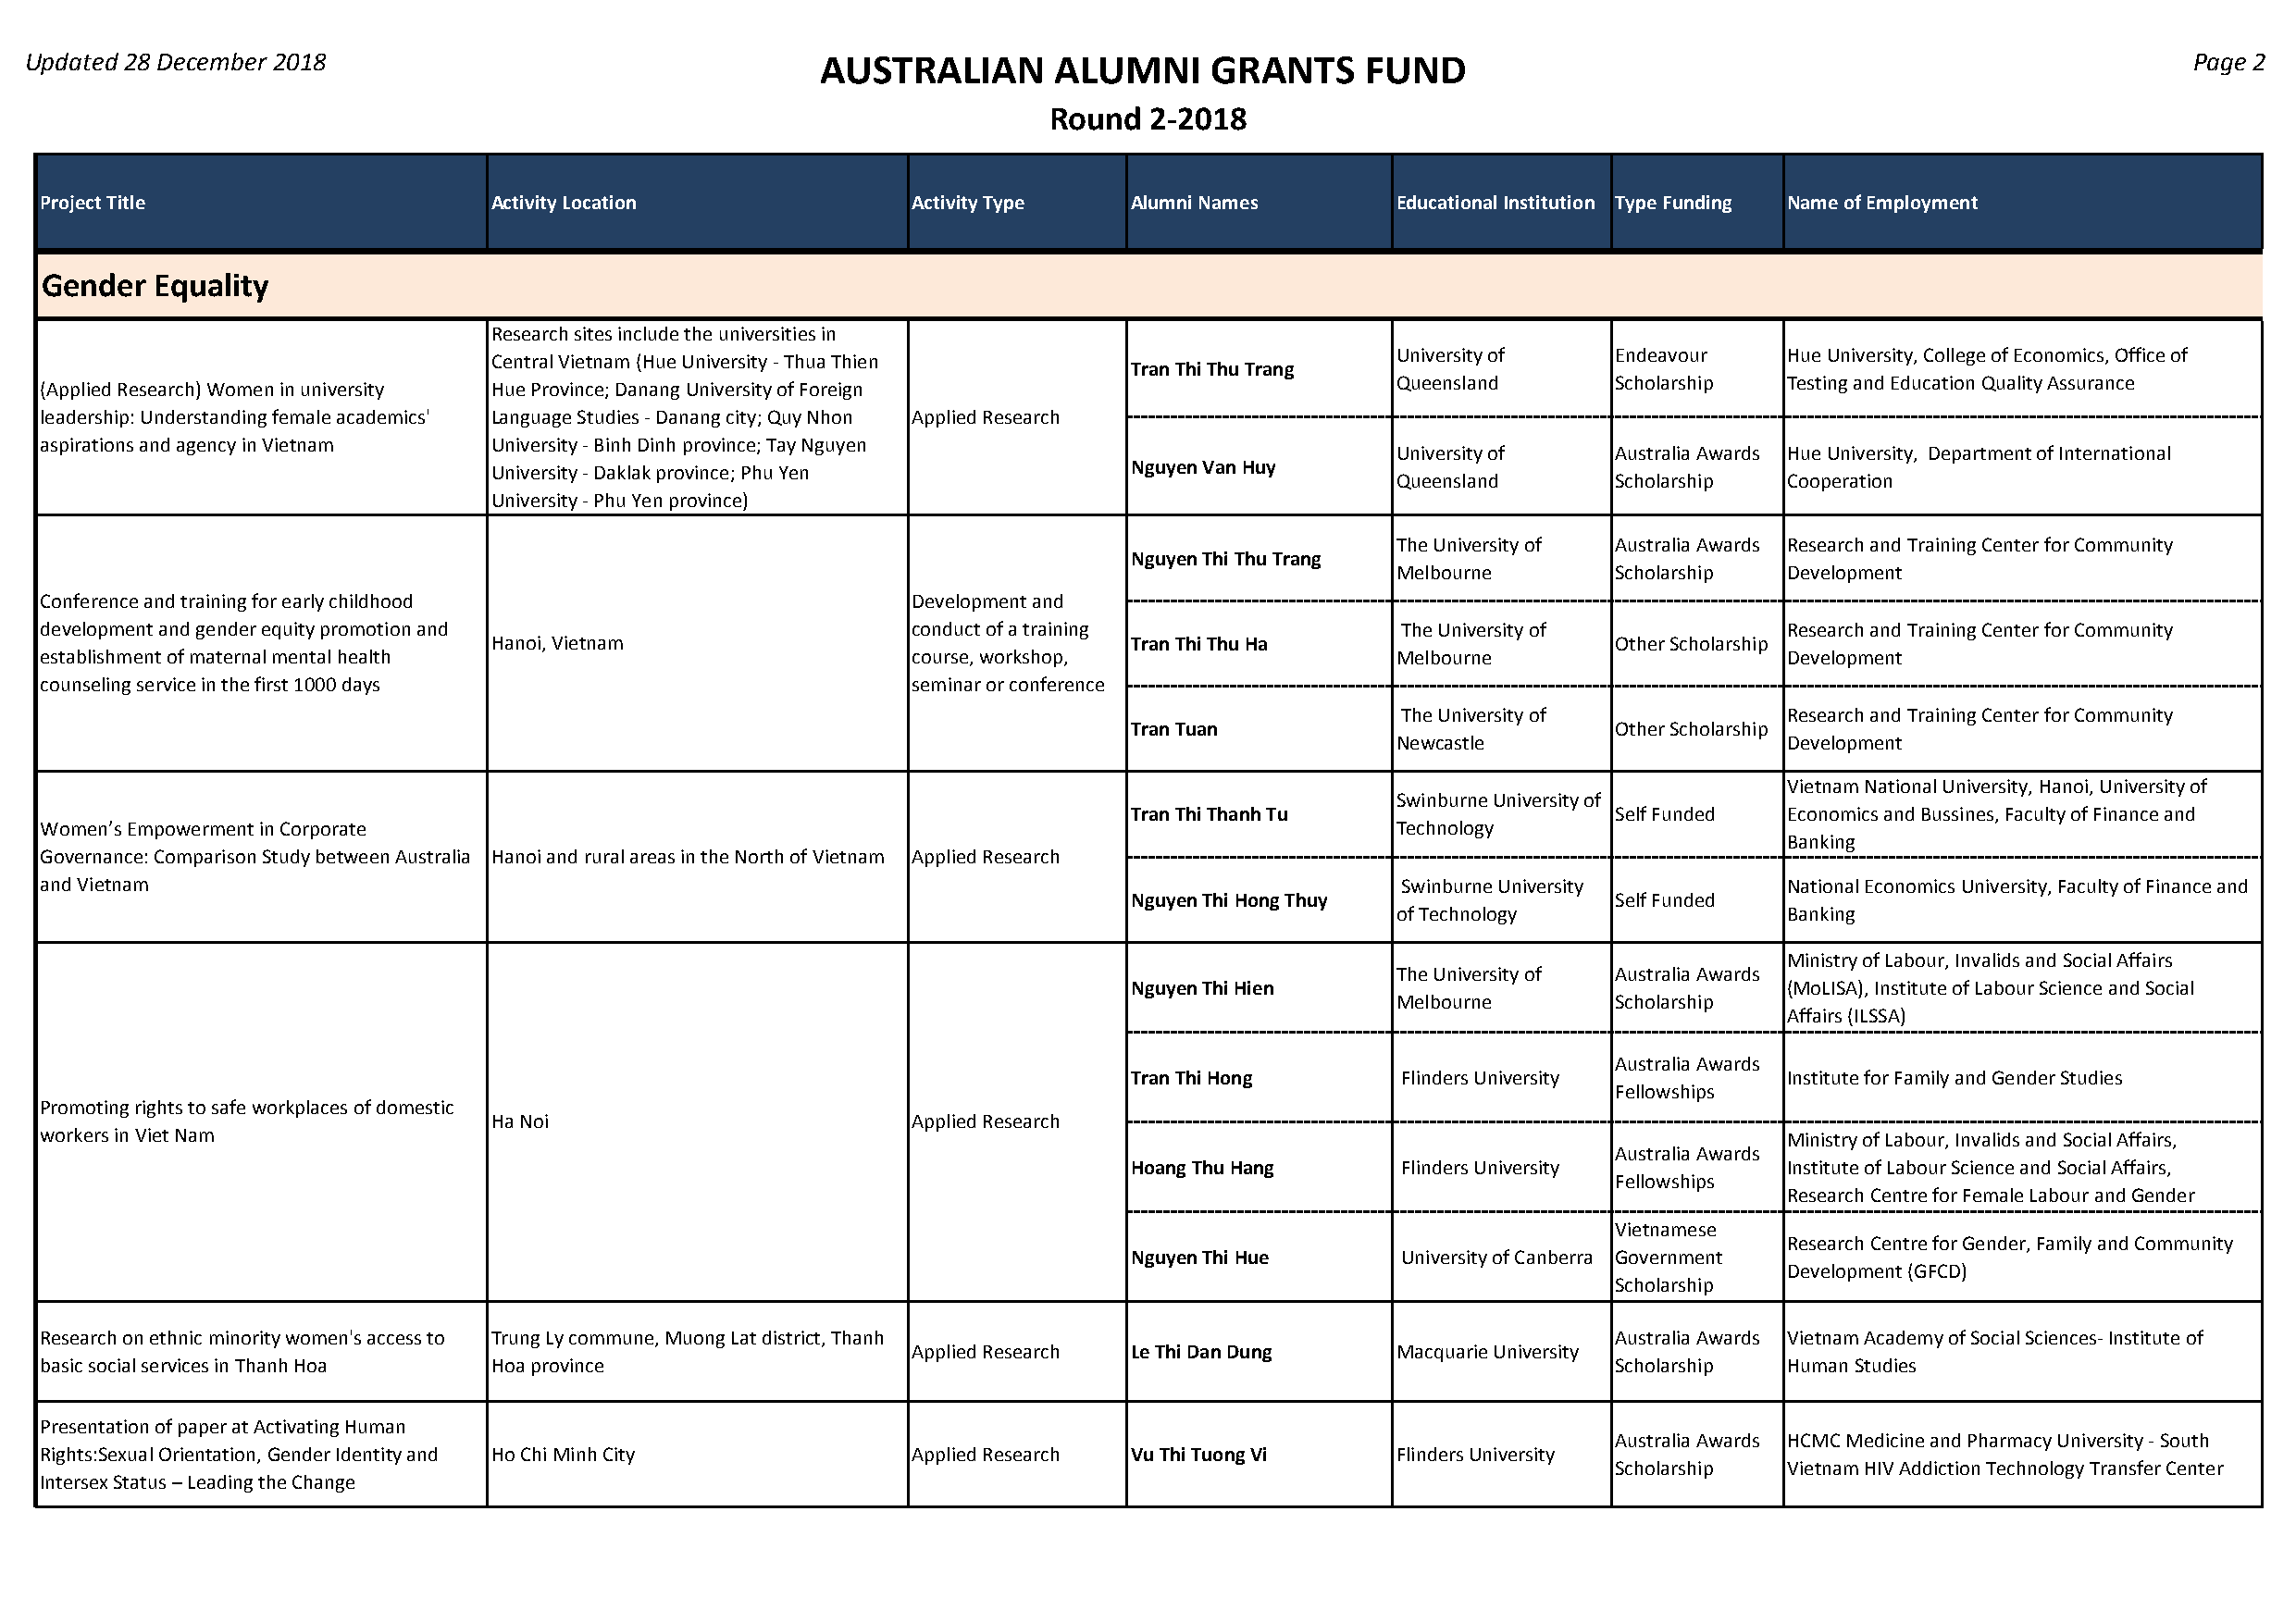
Updated 28 December 2018                                 AUSTRALIAN      ALUMNI      GRANTS     FUND                                                       Page 2
 Round  2-2018
 #
 Project Title                   Activity Location             Activity Type   Alumni Names       Educational Institution Type Funding Name of Employment
 a
 p
 AGgernidcuelrt uErqeu aanlitdy Rural Development
 Research sites include the universities in
 University of   Endeavour   Hue University, College of Economics, Office of
 Central Vietnam (Hue University - Thua Thien
 Tran Thi Thu Trang
 Queensland      Scholarship Testing and Education Quality Assurance
 (Applied Research) Women in university Hue Province; Danang University of Foreign
 leadership: Understanding female academics' Language Studies - Danang city; Quy Nhon Applied Research
 aspirations and agency in Vietnam University - Binh Dinh province; Tay Nguyen
 University of   Australia Awards Hue University, Department of International
 University - Daklak province; Phu Yen         Nguyen Van Huy
 Queensland      Scholarship Cooperation
 University - Phu Yen province)
 The University of Australia Awards Research and Training Center for Community
 Nguyen Thi Thu Trang
 Melbourne       Scholarship Development
 Conference and training for early childhood                   Development and
 development and gender equity promotion and                   conduct of a training              The University of           Research and Training Center for Community
 Hanoi, Vietnam                                Tran Thi Thu Ha                    Other Scholarship
 establishment of maternal mental health                       course, workshop,                  Melbourne                   Development
 counseling service in the first 1000 days                     seminar or conference
 The University of           Research and Training Center for Community
 Tran Tuan                          Other Scholarship
 Newcastle                   Development
 Vietnam National University, Hanoi, University of
 Swinburne University of
 Tran Thi Thanh Tu                  Self Funded Economics and Bussines, Faculty of Finance and
 Women’s Empowerment in Corporate                                                                 Technology
 Banking
 Governance: Comparison Study between Australia Hanoi and rural areas in the North of Vietnam Applied Research
 and Vietnam                                                                                      Swinburne University        National Economics University, Faculty of Finance and
 Nguyen Thi Hong Thuy               Self Funded
 of Technology               Banking
 Ministry of Labour, Invalids and Social Affairs
 The University of Australia Awards
 Nguyen Thi Hien                                (MoLISA), Institute of Labour Science and Social
 Melbourne       Scholarship
 Affairs (ILSSA)
 Australia Awards
 Tran Thi Hong      Flinders University         Institute for Family and Gender Studies
 Fellowships
 Promoting rights to safe workplaces of domestic
 Ha Noi                        Applied Research
 workers in Viet Nam                                                                                                          Ministry of Labour, Invalids and Social Affairs,
 Australia Awards
 Hoang Thu Hang     Flinders University         Institute of Labour Science and Social Affairs,
 Fellowships
 Research Centre for Female Labour and Gender
 Vietnamese
 Research Centre for Gender, Family and Community
 Nguyen Thi Hue     University of Canberra Government
 Development (GFCD)
 Scholarship
 Research on ethnic minority women's access to Trung Ly commune, Muong Lat district, Thanh                        Australia Awards Vietnam Academy of Social Sciences- Institute of
 Applied Research Le Thi Dan Dung   Macquarie University
 basic social services in Thanh Hoa Hoa province                                                                  Scholarship Human Studies
 Presentation of paper at Activating Human
 Australia Awards HCMC Medicine and Pharmacy University - South
 Rights:Sexual Orientation, Gender Identity and Ho Chi Minh City Applied Research Vu Thi Tuong Vi Flinders University
 Scholarship Vietnam HIV Addiction Technology Transfer Center
 Intersex Status – Leading the Change